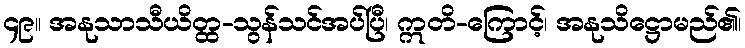
၄၉။ အနုသာသီယိတ္ထ-သွန်သင်အပ်ပြီ၊ ဣတိ-ကြောင့်၊ အနုသိဋ္ဌောမည်၏၊